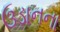
ઉડાનના